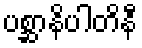
ပစ္ဆာနိပါတိနီ